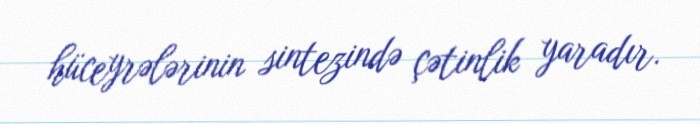
hüceyrələrinin sintezində çətinlik yaradır.